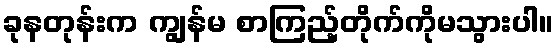
ခုနတုန်းက ကျွန်မ စာကြည့်တိုက်ကိုမသွားပါ။